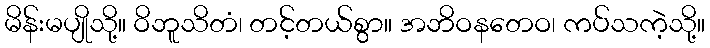
မိန်းမပျိုသို့။ ဝိဘူသိတံ၊ တင့်တယ်စွာ။ အဘိဝနတေဝ၊ ကပ်သကဲ့သို့။